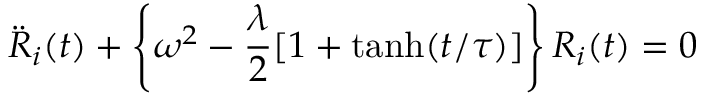
\ddot { R } _ { i } ( t ) + \left\{ \omega ^ { 2 } - \frac { \lambda } { 2 } [ 1 + \operatorname { t a n h } ( t / \tau ) ] \right\} R _ { i } ( t ) = 0